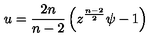
u = { \frac { 2 n } { n - 2 } } \left( z ^ { \frac { n - 2 } { 2 } } \psi - 1 \right)